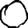
Digit: 0